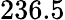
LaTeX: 236.5